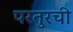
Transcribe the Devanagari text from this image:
परतुरची